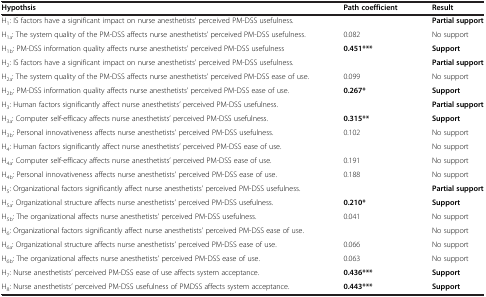
| Hypothsis | Path coefficient | Result |
 | --- | --- | --- |
 | H1: IS factors have a significant impact on nurse anesthetists’ perceived PM-DSS usefulness. |  | Partial support |
 | H1a: The system quality of the PM-DSS affects nurse anesthetists’ perceived PM-DSS usefulness. | 0.082 | No support |
 | H1b: PM-DSS information quality affects nurse anesthetists’ perceived PM-DSS usefulness | 0.451*** | Support |
 | H2: IS factors have a significant impact on nurse anesthetists’ perceived PM-DSS usefulness. |  | Partial support |
 | H2a: The system quality of the PM-DSS affects nurse anesthetists’ perceived PM-DSS ease of use. | 0.099 | No support |
 | H2b: PM-DSS information quality affects nurse anesthetists’ perceived PM-DSS ease of use. | 0.267* | Support |
 | H3: Human factors significantly affect nurse anesthetists’ perceived PM-DSS usefulness. |  | Partial support |
 | H3a: Computer self-efficacy affects nurse anesthetists’ perceived PM-DSS usefulness. | 0.315** | Support |
 | H3b: Personal innovativeness affects nurse anesthetists’ perceived PM-DSS usefulness. | 0.102 | No support |
 | H4: Human factors significantly affect nurse anesthetists’ perceived PM-DSS ease of use. |  | No support |
 | H4a: Computer self-efficacy affects nurse anesthetists’ perceived PM-DSS ease of use. | 0.191 | No support |
 | H4b: Personal innovativeness affects nurse anesthetists’ perceived PM-DSS ease of use. | 0.188 | No support |
 | H5: Organizational factors significantly affect nurse anesthetists’ perceived PM-DSS usefulness. |  | Partial support |
 | H5a: Organizational structure affects nurse anesthetists’ perceived PM-DSS usefulness. | 0.210* | Support |
 | H5b: The organizational affects nurse anesthetists’ perceived PM-DSS usefulness. | 0.041 | No support |
 | H6: Organizational factors significantly affect nurse anesthetists’ perceived PM-DSS ease of use. |  | No support |
 | H6a: Organizational structure affects nurse anesthetists’ perceived PM-DSS ease of use. | 0.066 | No support |
 | H6b: The organizational affects nurse anesthetists’ perceived PM-DSS ease of use. | 0.063 | No support |
 | H7: Nurse anesthetists’ perceived PM-DSS ease of use affects system acceptance. | 0.436*** | Support |
 | H8: Nurse anesthetists’ perceived PM-DSS usefulness of PMDSS affects system acceptance. | 0.443*** | Support |